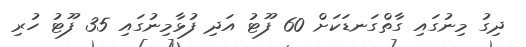
ދިގު މިނުގައި ގާތްގަނޑަކަށް 60 ފޫޓު އަދި ފުޅާމިނުގައި 35 ފޫޓު ހުރި